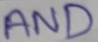
Text: AND